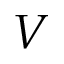
V